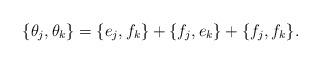
LaTeX: \begin{align*}\{\theta_j,\theta_k\}=\{e_j,f_k\}+\{f_j,e_k\}+\{f_j,f_k\}.\end{align*}